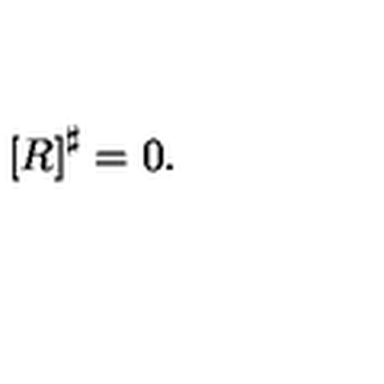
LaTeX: \left[ R \right] ^ { \sharp } = 0 .